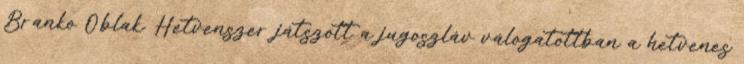
Branko Oblak. Hetvenszer játszott a jugoszláv válogatottban a hetvenes